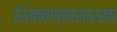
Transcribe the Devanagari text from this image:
शिकवण्यासारखा